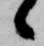
候